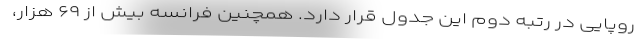
روپایی در رتبه دوم این جدول قرار دارد. همچنین فرانسه بیش از ۶۹ هزار،